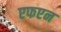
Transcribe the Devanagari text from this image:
एफएन